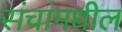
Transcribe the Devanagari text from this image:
संचांमधील